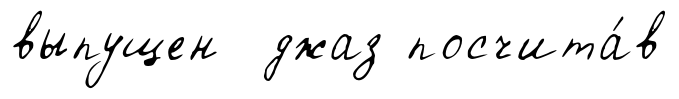
выпущен джаз посчита́в